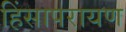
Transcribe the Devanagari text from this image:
हिंसापरायण